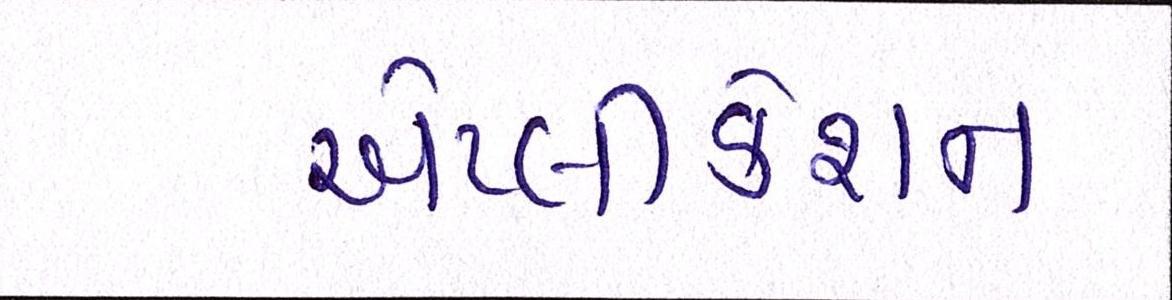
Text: એપ્લીકેશન